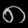
Digit: ၈